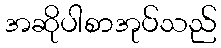
အဆိုပါစာအုပ်သည်